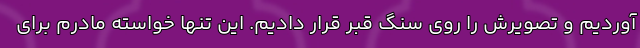
آوردیم و تصویرش را روی سنگ قبر قرار دادیم. این تنها خواسته مادرم برای